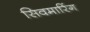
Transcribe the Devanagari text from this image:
सिवमारिंग